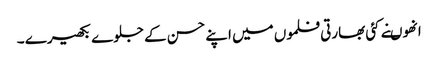
انھوںنے کئی بھارتی فلموں میں اپنے حسن کے جلوے بکھیرے ۔